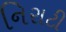
નિરાટી